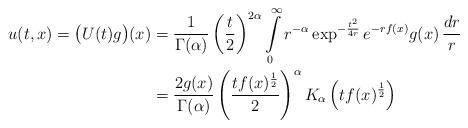
LaTeX: \begin{align*} u(t,x) = \big( U(t)g \big)(x) = & \; \frac{1}{\Gamma(\alpha)} \left( \frac{t}{2} \right)^{2\alpha} \int\limits_0^\infty r^{-\alpha} \exp^{-\frac{t^2}{4r}} e^{-rf(x)} g(x) \, \frac{dr}{r} \\ = & \; \frac{2 g(x)}{\Gamma(\alpha)} \left( \frac{t f(x)^{\frac{1}{2}}}{2} \right)^{\alpha} K_{\alpha}\left( t f(x)^{\frac{1}{2}} \right) \end{align*}